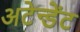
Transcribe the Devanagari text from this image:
अटेन्डेंट